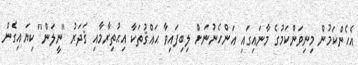
އެހެންކަމުން މިނިވަންކަމުގެ މާނައިގައި އަންހެނުނަށް ލިބިފައިވާ ޙައްޤުތަކާ އިޙުތިރާމާއި ޤަދަރު "ނީލަން" ކިޔައިގެން